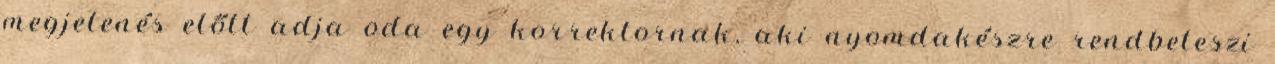
megjelenés előtt adja oda egy korrektornak, aki nyomdakészre rendbeteszi